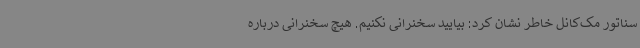
سناتور مک‌کانل خاطر نشان کرد: بیایید سخنرانی نکنیم. هیچ سخنرانی درباره